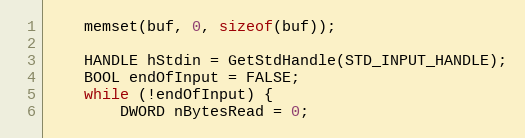
Language: C++
	memset(buf, 0, sizeof(buf));

	HANDLE hStdin = GetStdHandle(STD_INPUT_HANDLE);
	BOOL endOfInput = FALSE;
	while (!endOfInput) {
		DWORD nBytesRead = 0;